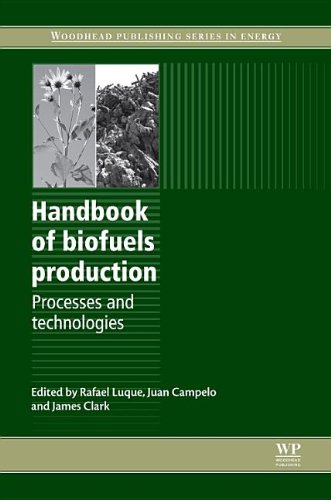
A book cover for Handbook of Biofuels Production: Processes and Technologies (Woodhead Publishing Series in Energy); Rafael Luque; Engineering & Transportation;